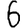
Digit: 6